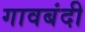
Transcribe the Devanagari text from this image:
गावबंदी